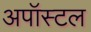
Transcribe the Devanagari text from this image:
अपॉस्टल